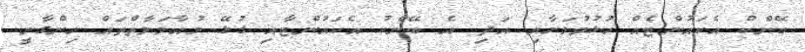
ބޭންކް އެކައުންޓެއް ހުޅުވުމަށާއި އަދި އެ ބޭންކު އެކައުންޓާއި ގުޅޭ މުއާމަލާތްތައް ހިންގާނީ